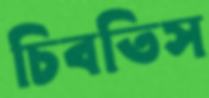
চিবতিস